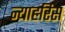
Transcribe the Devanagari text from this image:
न्याहरिस